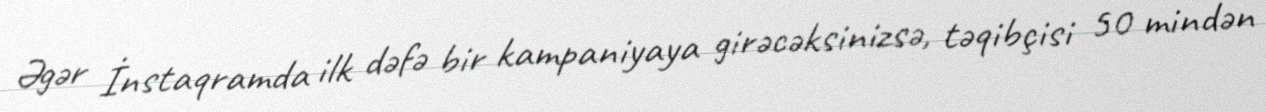
Əgər İnstaqramda ilk dəfə bir kampaniyaya girəcəksinizsə, təqibçisi 50 mindən